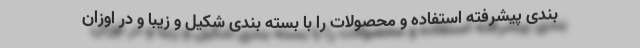
بندی پیشرفته استفاده و محصولات را با بسته بندی شکیل و زیبا و در اوزان